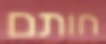
חותם